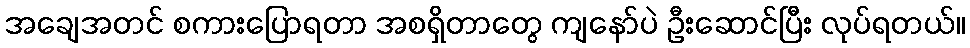
အချေအတင် စကားပြောရတာ အစရှိတာတွေ ကျနော်ပဲ ဦးဆောင်ပြီး လုပ်ရတယ်။